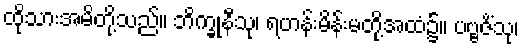
ထိုသားအမိတို့သည်။ ဘိက္ခုနီသု၊ ရဟန်းမိန်းမတို့အထံ၌။ ပဗ္ဗဇိံသု၊